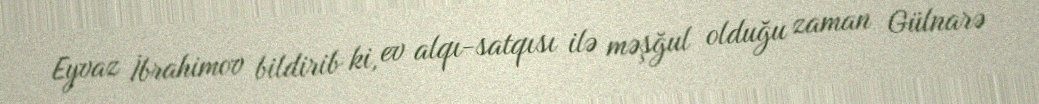
Eyvaz İbrahimov bildirib ki, ev alqı-satqısı ilə məşğul olduğu zaman Gülnarə